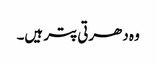
وہ دھرتی پتر ہیں۔